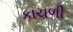
કાચળી